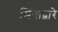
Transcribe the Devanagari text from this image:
सिंगांद्वारे